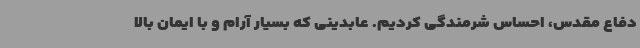
دفاع مقدس، احساس شرمندگی کردیم. عابدینی که بسیار آرام و با ایمان بالا